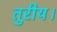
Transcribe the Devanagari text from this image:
तुरीय।